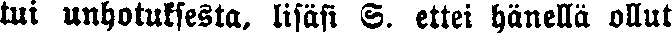
tui unhotuksesta, lisäsi S. ettei hänellä ollut